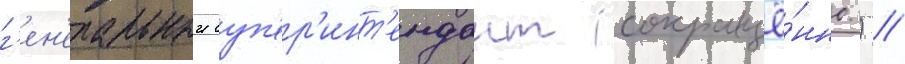
г'ен'еральныи суп'ер'инт'ендант (сокращё́нно.) //